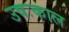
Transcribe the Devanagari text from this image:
उषःकाल